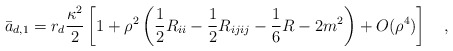
\begin{align*}\bar{a}_{d,1}=r_d {\kappa^2 \over 2}\left[1+\rho^2\left(\frac 12 R_{ii}-\frac 12 R_{ijij}-\frac 16 R-2m^2\right)+O(\rho^4)\right]~~~,\end{align*}